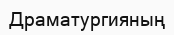
Драматургияның